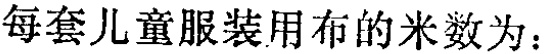
每套儿童服装用布的米数为：